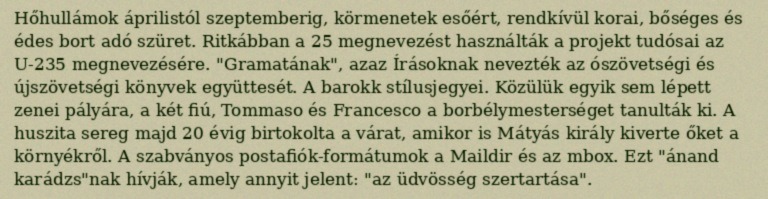
Hőhullámok áprilistól szeptemberig, körmenetek esőért, rendkívül korai, bőséges és édes bort adó szüret. Ritkábban a 25 megnevezést használták a projekt tudósai az U-235 megnevezésére. "Gramatának", azaz Írásoknak nevezték az ószövetségi és újszövetségi könyvek együttesét. A barokk stílusjegyei. Közülük egyik sem lépett zenei pályára, a két fiú, Tommaso és Francesco a borbélymesterséget tanulták ki. A huszita sereg majd 20 évig birtokolta a várat, amikor is Mátyás király kiverte őket a környékről. A szabványos postafiók-formátumok a Maildir és az mbox. Ezt "ánand karádzs"nak hívják, amely annyit jelent: "az üdvösség szertartása".